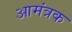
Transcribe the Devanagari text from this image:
आमंत्रक